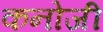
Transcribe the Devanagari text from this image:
कनोजी